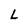
Character: L